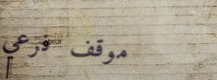
موقف فرعي